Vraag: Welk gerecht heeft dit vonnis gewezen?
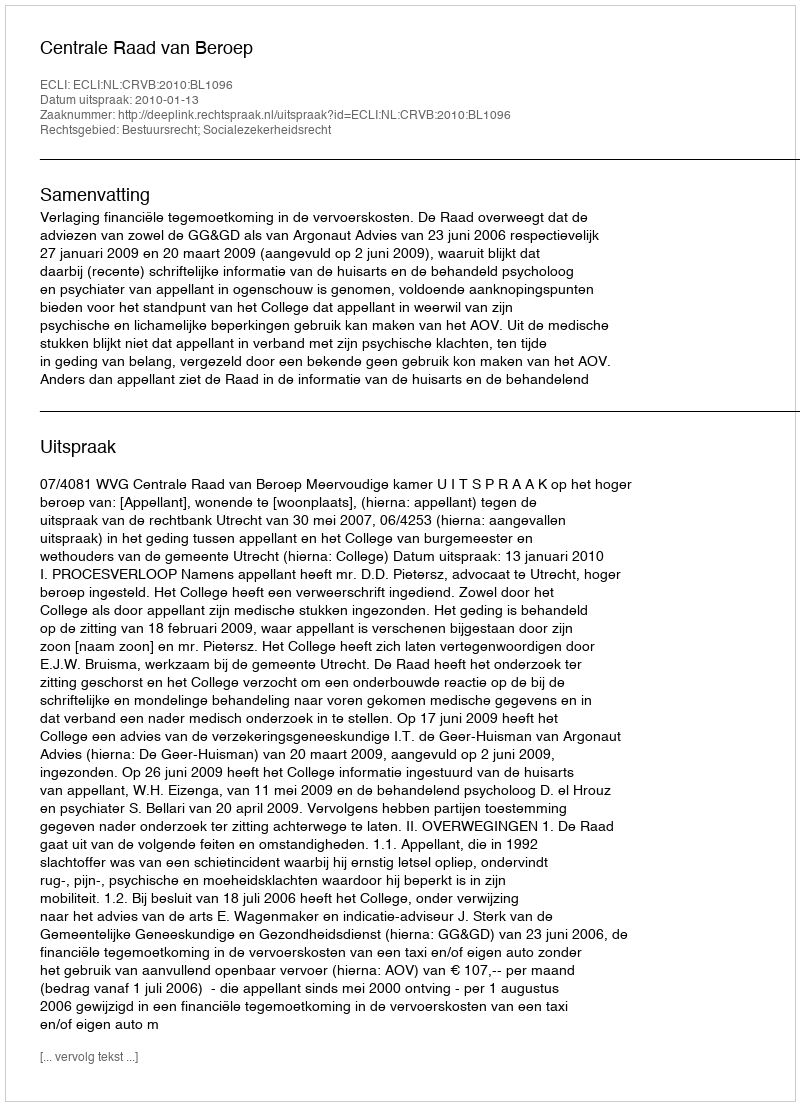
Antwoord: Centrale Raad van Beroep